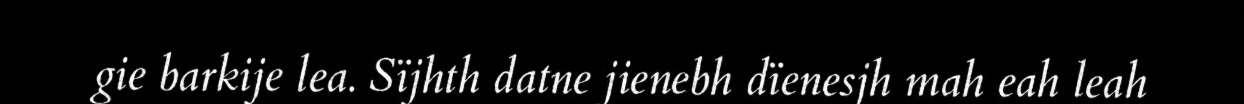
gie barkije lea. Sïjhth datne jienebh dïenesjh mah eah leah